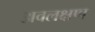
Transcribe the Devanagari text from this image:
अवलक्षण